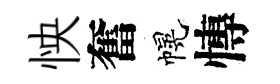
怏奮幌慱